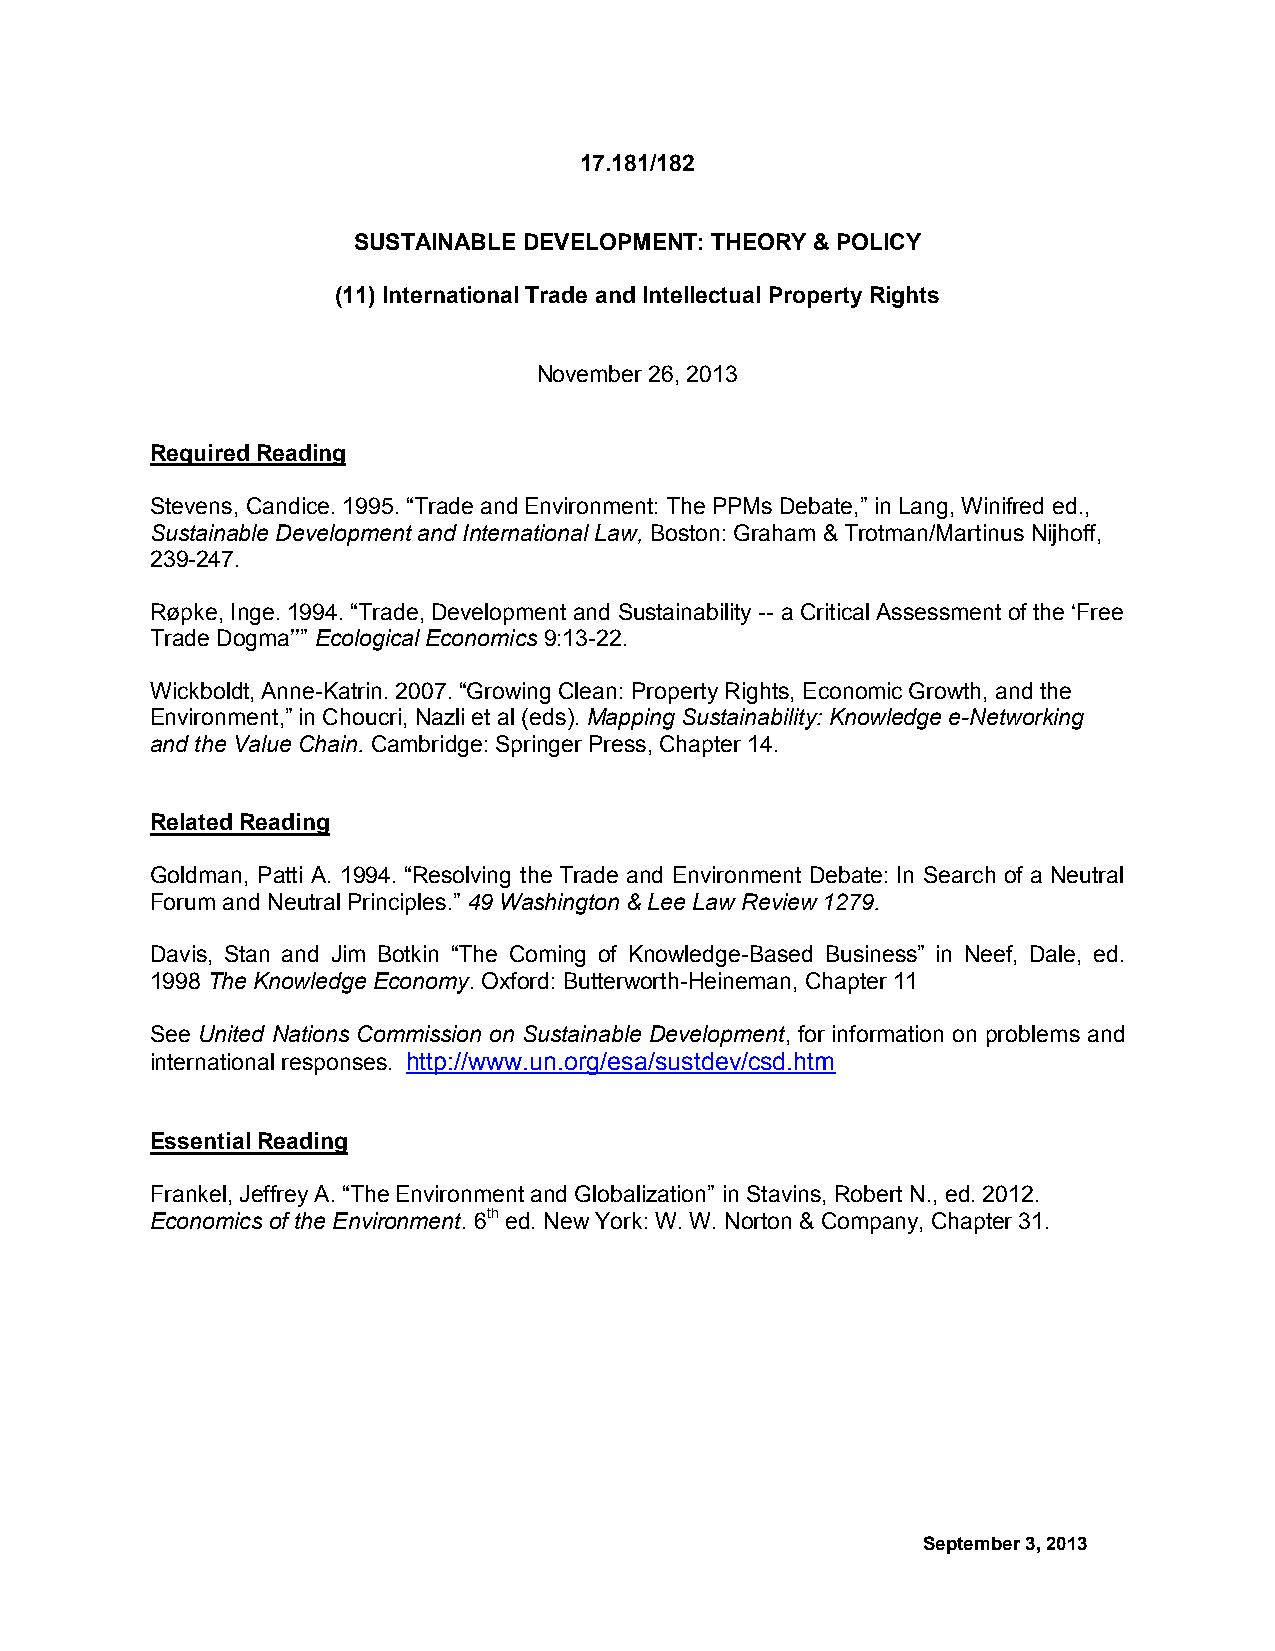
17.181/182
 SUSTAINABLE DEVELOPMENT: THEORY & POLICY
 (11) International Trade and Intellectual Property Rights
 November 26, 2013
 Required Reading
 Stevens, Candice. 1995. “Trade and Environment: The PPMs Debate,” in Lang, Winifred ed.,
 Sustainable Development and International Law, Boston: Graham & Trotman/Martinus Nijhoff,
 239-247.
 Røpke, Inge. 1994. “Trade, Development and Sustainability -- a Critical Assessment of the ‘Free
 Trade Dogma’’” Ecological Economics 9:13-22.
 Wickboldt, Anne-Katrin. 2007. “Growing Clean: Property Rights, Economic Growth, and the
 Environment,” in Choucri, Nazli et al (eds). Mapping Sustainability: Knowledge e-Networking
 and the Value Chain. Cambridge: Springer Press, Chapter 14.
 Related Reading
 Goldman, Patti A. 1994. “Resolving the Trade and Environment Debate: In Search of a Neutral
 Forum and Neutral Principles.” 49 Washington & Lee Law Review 1279.
 Davis, Stan and Jim Botkin “The Coming of Knowledge-Based Business” in Neef, Dale, ed.
 1998 The Knowledge Economy. Oxford: Butterworth-Heineman, Chapter 11
 See United Nations Commission on Sustainable Development, for information on problems and
 international responses. http://www.un.org/esa/sustdev/csd.htm
 Essential Reading
 Frankel, Jeffrey A. “The Environment and Globalization” in Stavins, Robert N., ed. 2012.
 Economics of the Environment. 6th ed. New York: W. W. Norton & Company, Chapter 31.
 September 3, 2013